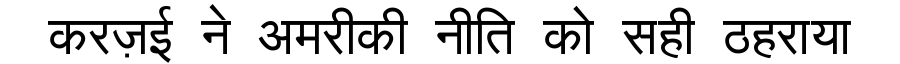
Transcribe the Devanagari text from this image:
करज़ई ने अमरीकी नीति को सही ठहराया